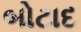
બોટાદ